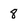
Character: 8